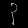
Digit: ၃